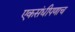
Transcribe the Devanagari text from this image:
एकसंधीपणाच